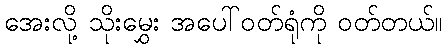
အေးလို့ သိုးမွှေး အပေါ်ဝတ်ရုံကို ဝတ်တယ်။